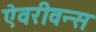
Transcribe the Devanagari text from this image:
ऐवरीवन्स